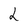
Character: 2